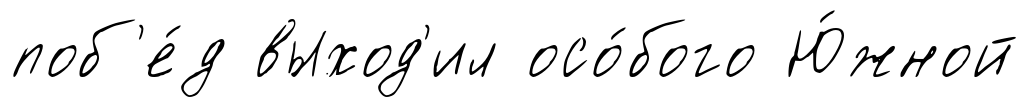
поб'е́д выход'ил осо́бого Ю́жной